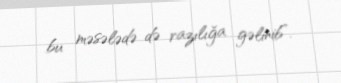
bu məsələdə də razılığa gəlinib”.